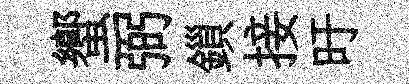
蠁弼鎻接旴